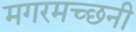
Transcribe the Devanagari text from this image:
मगरमच्छनी